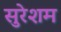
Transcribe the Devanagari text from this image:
सुरेशम